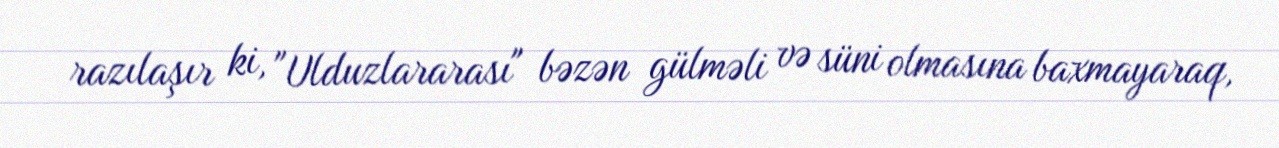
razılaşır ki, "Ulduzlararası" bəzən gülməli və süni olmasına baxmayaraq,